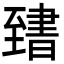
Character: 𦥌